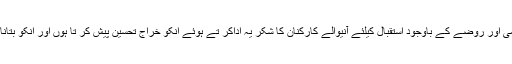
عوامی تحر یک کے سر براہ ڈاکٹر طاہر القادری نے کہا ہے کہ میں سخت گر می اور روضے کے باوجود استقبال کیلئے آنیوالے کارکنان کا شکر یہ اداکر تے ہوئے انکو خراج تحسین پیش کر تا ہوں اور انکو بتانا چاہتاہوں کہ صحت کی خرابی کی وجہ سے میں ان سے اتنی دیر دور رہا ہوں ۔